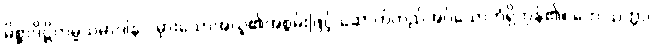
မိစ္ဆာဒိဋ္ဌိကမ္မသမာဒါနာ၊ မှားသောအယူ၏အစွမ်းဖြင့် ဆောက်တည်အပ်သောကံရှိကုန်၏။ တေ သတ္တာ၊